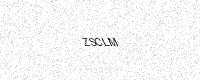
Text: ZSCLM